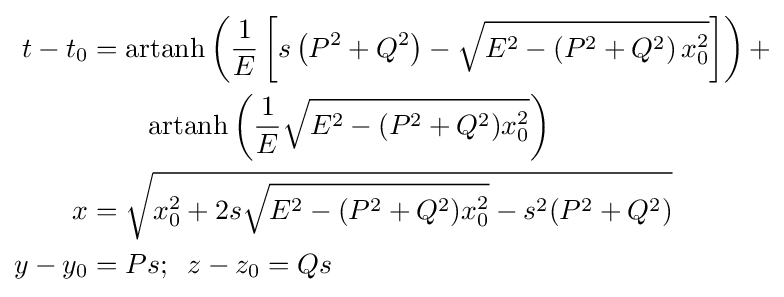
{\begin{aligned}t-t_{0}&=\operatorname {artanh} \left({\frac {1}{E}}\left[s\left(P^{2}+Q^{2}\right)-{\sqrt {E^{2}-\left(P^{2}+Q^{2}\right)x_{0}^{2}}}\right]\right)+\\&\qquad \operatorname {artanh} \left({\frac {1}{E}}{\sqrt {E^{2}-(P^{2}+Q^{2})x_{0}^{2}}}\right)\\x&={\sqrt {x_{0}^{2}+2s{\sqrt {E^{2}-(P^{2}+Q^{2})x_{0}^{2}}}-s^{2}(P^{2}+Q^{2})}}\\y-y_{0}&=Ps;\;\;z-z_{0}=Qs\end{aligned}}